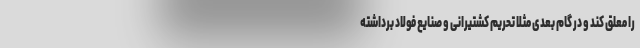
را معلق کند و در گام بعدی مثلا تحریم کشتیرانی و صنایع فولاد برداشته